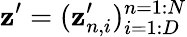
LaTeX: \mathbf{z}^{\prime}=(\mathbf{z}_{n,i}^{\prime})_{i=1:D}^{n=1:N}